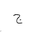
Letter: _gim